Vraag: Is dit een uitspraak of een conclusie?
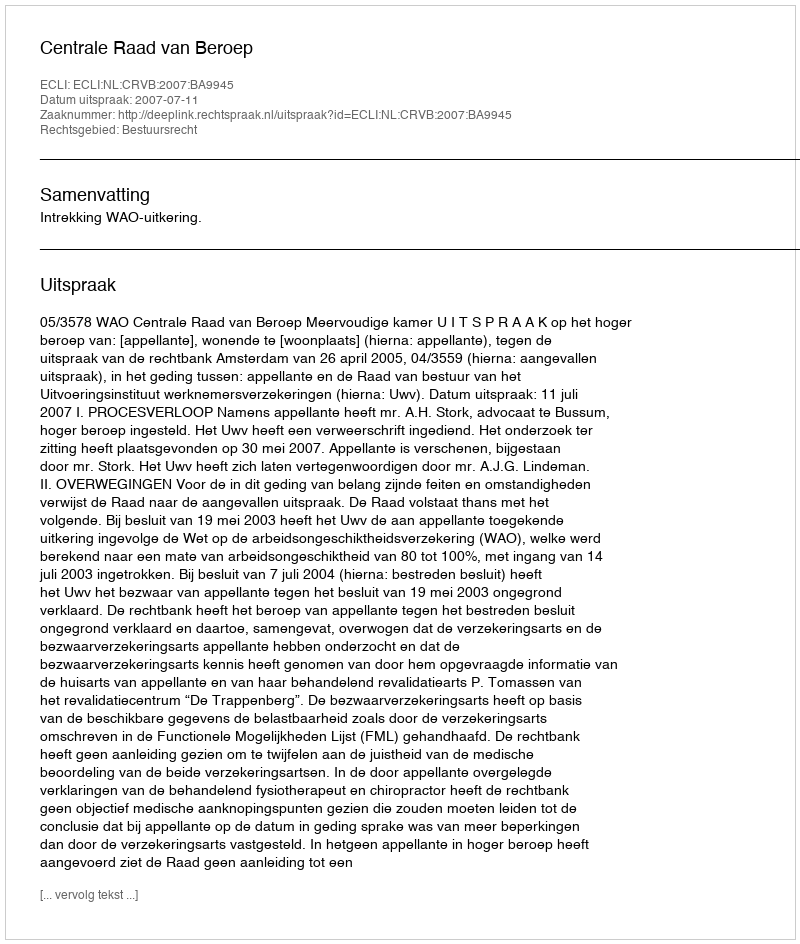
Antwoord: Uitspraak